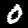
Label: 0